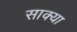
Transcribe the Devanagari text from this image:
साक्या